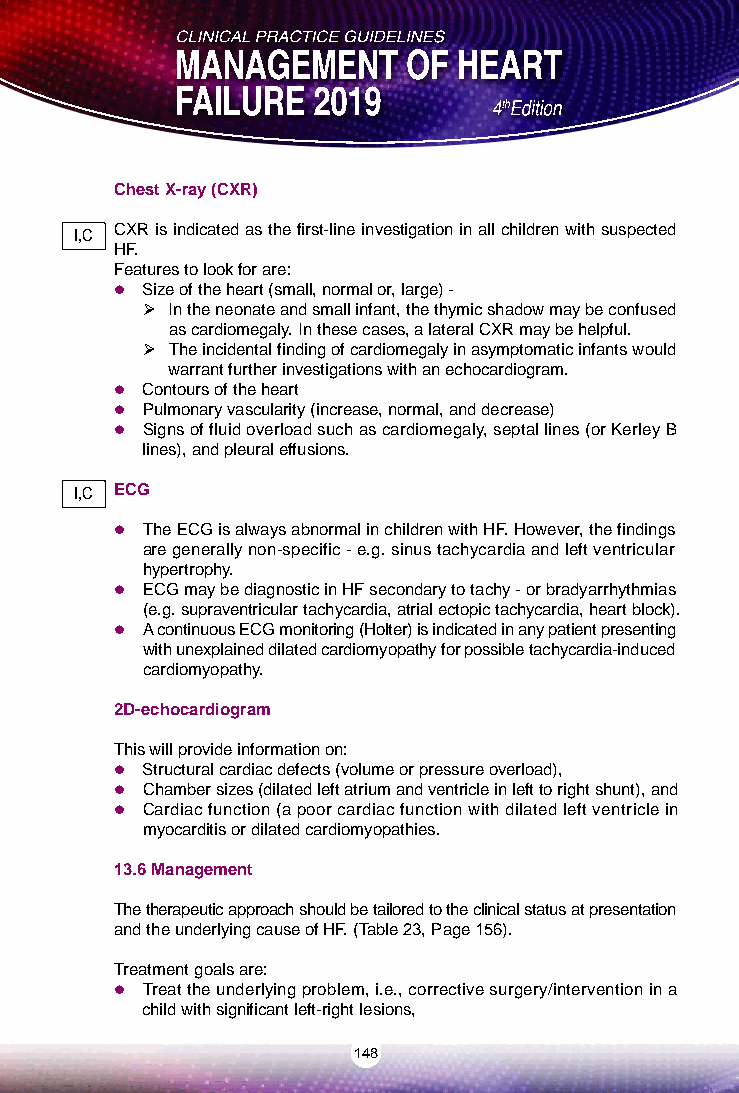
Chest X-ray (CXR)
 CXR is indicated as the first-line investigation in all children with suspected
 I,C
 HF.
 Features to look for are:
  Size of the heart (small, normal or, large) -
  In the neonate and small infant, the thymic shadow may be confused
 as cardiomegaly. In these cases, a lateral CXR may be helpful.
  The incidental finding of cardiomegaly in asymptomatic infants would
 warrant further investigations with an echocardiogram.
  Contours of the heart
  Pulmonary vascularity (increase, normal, and decrease)
  Signs of fluid overload such as cardiomegaly, septal lines (or Kerley B
 lines), and pleural effusions.
 I,C ECG
  The ECG is always abnormal in children with HF. However, the findings
 are generally non-specific - e.g. sinus tachycardia and left ventricular
 hypertrophy.
  ECG may be diagnostic in HF secondary to tachy - or bradyarrhythmias
 (e.g. supraventricular tachycardia, atrial ectopic tachycardia, heart block).
  A continuous ECG monitoring (Holter) is indicated in any patient presenting
 with unexplained dilated cardiomyopathy for possible tachycardia-induced
 cardiomyopathy.
 2D-echocardiogram
 This will provide information on:
  Structural cardiac defects (volume or pressure overload),
  Chamber sizes (dilated left atrium and ventricle in left to right shunt), and
  Cardiac function (a poor cardiac function with dilated left ventricle in
 myocarditis or dilated cardiomyopathies.
 13.6 Management
 The therapeutic approach should be tailored to the clinical status at presentation
 and the underlying cause of HF. (Table 23, Page 156).
 Treatment goals are:
  Treat the underlying problem, i.e., corrective surgery/intervention in a
 child with significant left-right lesions,
 148